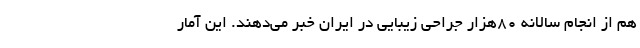
هم از انجام سالانه ۸۰هزار جراحی زیبایی در ایران خبر می‌دهند. این آمار